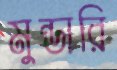
মুন্ডারি